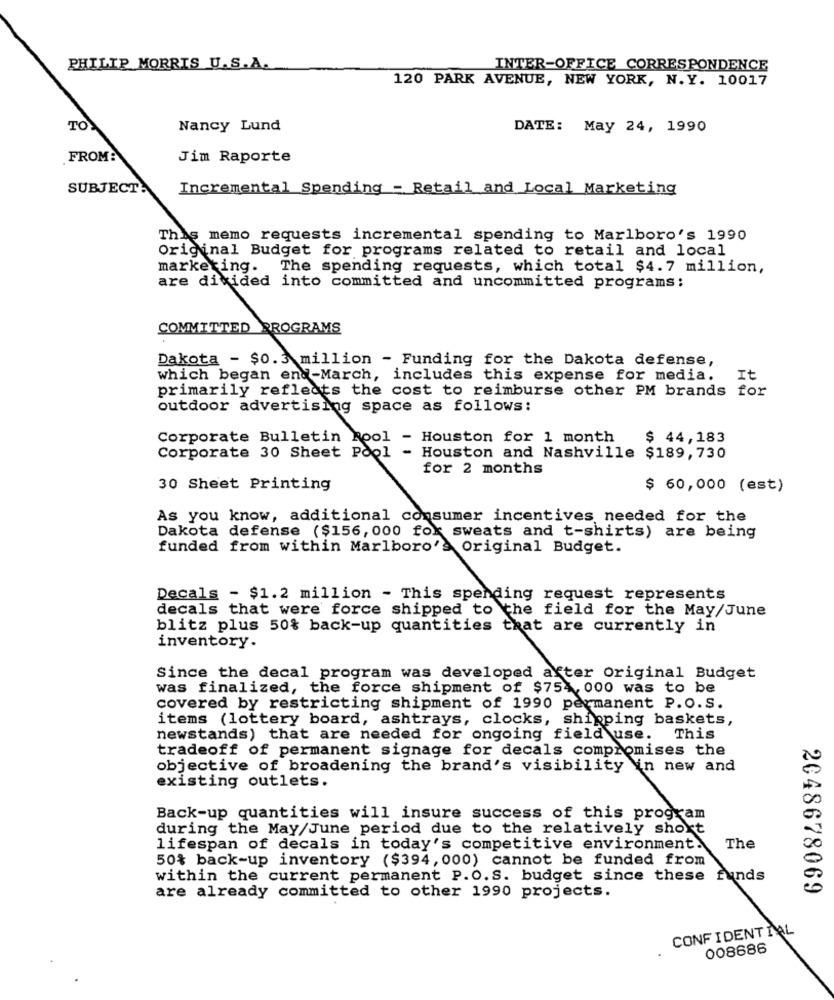
PHILIP MORRIS U.S.A.
INTER-OFFICE CORRESPONDENCE
120 PARK AVENUE, NEW YORK, N.Y. 10017
TO
Nancy Lund
DATE: May 24, 1990
FROM:
Jim Raporte
SUBJECT:
Incremental Spending - Retail and Local Marketing
This memo requests incremental spending to Marlboro's 1990
Original Budget for programs related to retail and local
The spending requests, which total $4.7 million,
are divided into committed and uncommitted programs;
COMMITTED PROGRAMS
Dakota - $0.3 million - Funding for the Dakota defense,
which began end-March, includes this expense for media.
It
primarily reflects the cost to reimburse other PM brands for
outdoor advertising space as follows:
Corporate Bulletin Rool - Houston for 1 month
$ 44,183
Corporate 30 Sheet Pool - Houston and Nashville $189, 730
for 2 months
30 Sheet Printing
$ 60,000 (est)
As you know, additional consumer incentives needed for the
Dakota defense ($156, 000 fox sweats and t-shirts) are being
funded from within Marlboro's Original Budget.
Decals - $1.2 million - This spending request represents
decals that were force shipped to the field for the May/June
blitz plus 50% back-up quantities that are currently in
inventory.
Since the decal program was developed after Original Budget
was finalized, the force shipment of $754, 000 was to be
covered by restricting shipment of 1990 permanent P.O.S.
items (lottery board, ashtrays, clocks, shipping baskets,
newstands) that are needed for ongoing field use.
This
tradeoff of permanent signage for decals compromises the
objective of broadening the brand's visibility in new and
existing outlets.
Back-up quantities will insure success of this program
during the May/June period due to the relatively short
lifespan of decals in today's competitive environment.
The
50% back-up inventory ($394, 000) cannot be funded from
within the current permanent P.O. S. budget since these
funds
2048678069
are already committed to other 1990 projects.
CONFIDENTIAL
008686